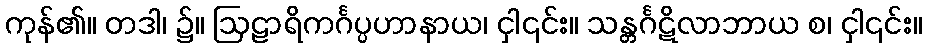
ကုန်၏။ တဒါ၊ ၌။ ဩဠာရိကင်္ဂပ္ပဟာနာယ၊ ငှါ၎င်း။ သန္တင်္ဂဋိလာဘာယ စ၊ ငှါ၎င်း။